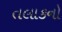
તલાકનો